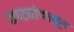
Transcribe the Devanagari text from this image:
यष्ट्यांपासून